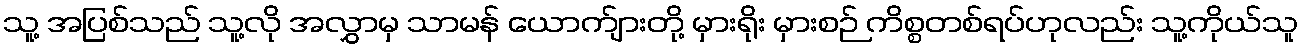
သူ့ အပြစ်သည် သူ့လို အလွှာမှ သာမန် ယောက်ျားတို့ မှားရိုး မှားစဉ် ကိစ္စတစ်ရပ်ဟုလည်း သူ့ကိုယ်သူ